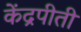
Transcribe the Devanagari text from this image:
केंद्रपीती